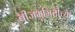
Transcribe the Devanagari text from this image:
बीजभूमितीच्या